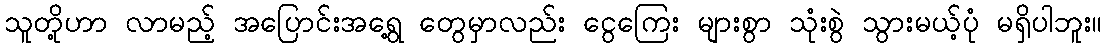
သူတို့ဟာ လာမည့် အပြောင်းအရွေ့ တွေမှာလည်း ငွေကြေး များစွာ သုံးစွဲ သွားမယ့်ပုံ မရှိပါဘူး။